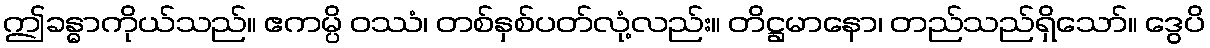
ဤခန္ဓာကိုယ်သည်။ ဧကမ္ပိ ဝဿံ၊ တစ်နှစ်ပတ်လုံ့လည်း။ တိဋ္ဌမာနော၊ တည်သည်ရှိသော်။ ဒွေပိ